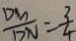
\frac { D M } { D N } = \frac { 3 } { 4 }